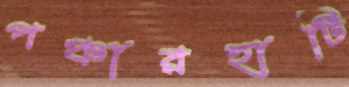
পঞ্চারহাটি